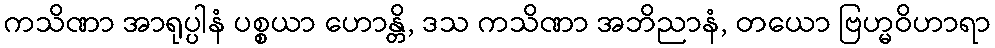
ကသိဏာ အာရုပ္ပါနံ ပစ္စယာ ဟောန္တိ, ဒသ ကသိဏာ အဘိညာနံ, တယော ဗြဟ္မဝိဟာရာ